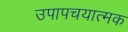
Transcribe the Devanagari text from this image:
उपापचयात्मक